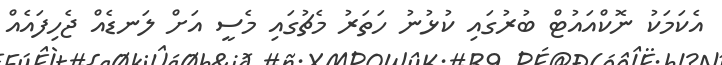
އެކަމަކު ނޮކްއައުޓް ބުރުގައި ކުޅުނު ހަތަރު މެޗުގައި މެސީ އަށް ލަނޑެއް ޖެހިފައެއް